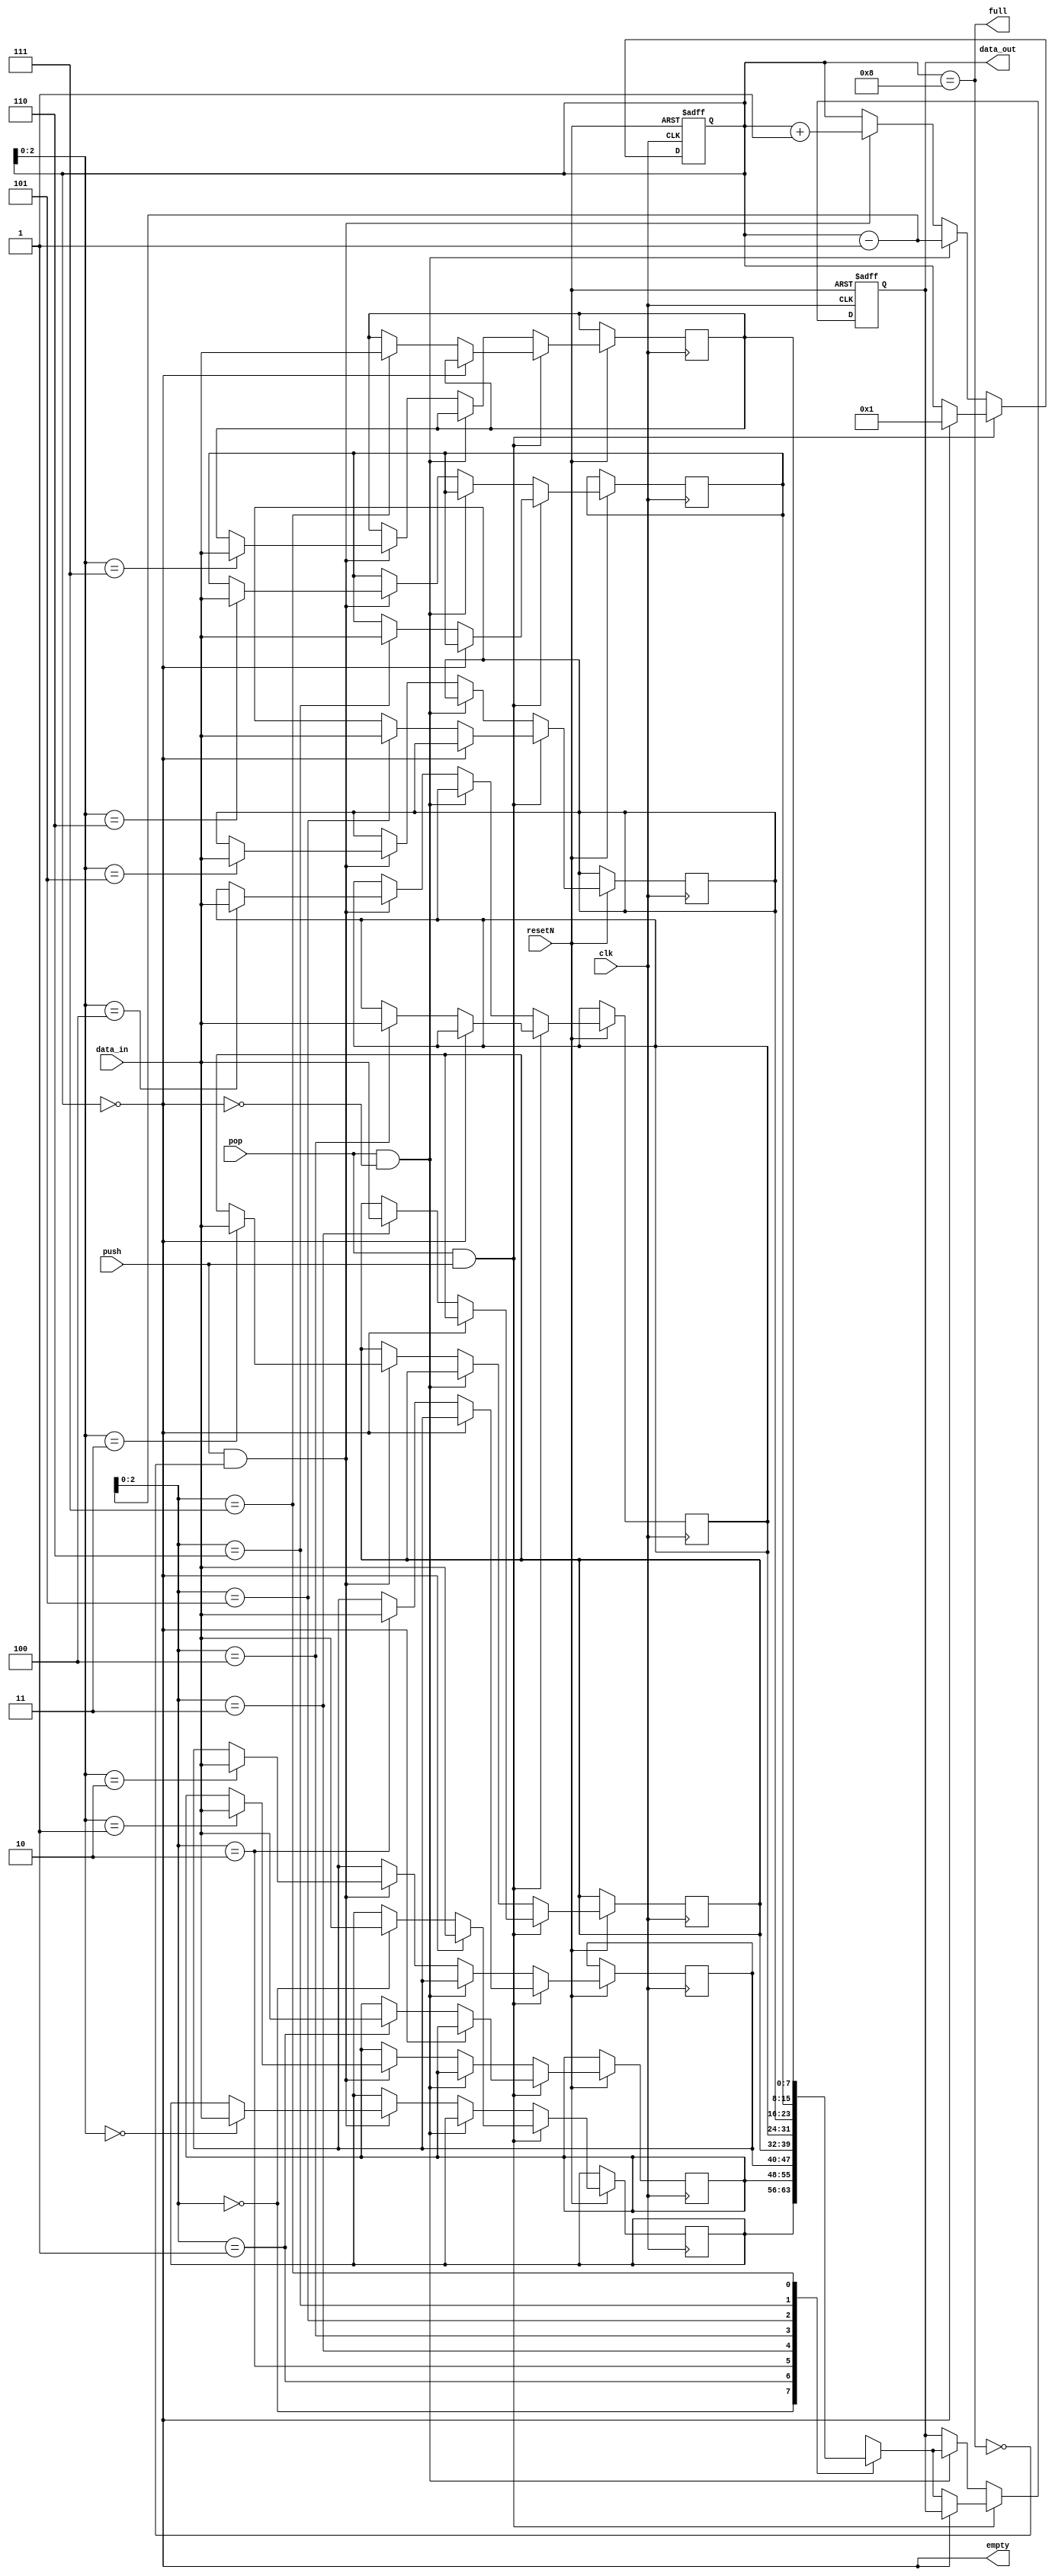
module stack #(
    parameter width = 8, depth = 8, address_width = $clog2(depth)
) (
    output [width - 1:0] data_out,
    output full,
    output empty,
    input push,
    input pop,
    input [width - 1:0] data_in,
    input clk,
    input resetN
);
    reg [address_width:0] stack_pointer; // empty position at the top of stack
    reg [width - 1:0] stack_mem [0:depth - 1];
    reg [width - 1:0] out;

    assign data_out = out;
    assign full = (stack_pointer == 8);
    assign empty = (stack_pointer == 0);

    always @(negedge clk or negedge resetN) begin
        if (~resetN) begin
            stack_pointer <= 0;
            out <= 0;
        end
        else begin
            if (pop & push) begin
                if (empty) begin
                    stack_mem[0] <= data_in;
                    stack_pointer <= 1;
                end
                else begin
                    out <= stack_mem[stack_pointer - 1];
                    stack_mem[stack_pointer - 1] <= data_in;
                end
            end
            else if (pop & ~empty) begin
                out <= stack_mem[stack_pointer - 1];
                stack_pointer <= stack_pointer - 1;
            end
            else if (push & ~full) begin
                stack_mem[stack_pointer] <= data_in;
                stack_pointer <= stack_pointer + 1;
            end
        end
    end
endmodule